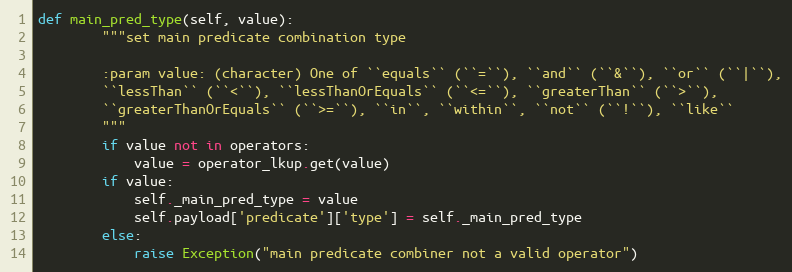
Language: Python
def main_pred_type(self, value):
        """set main predicate combination type

        :param value: (character) One of ``equals`` (``=``), ``and`` (``&``), ``or`` (``|``),
        ``lessThan`` (``<``), ``lessThanOrEquals`` (``<=``), ``greaterThan`` (``>``),
        ``greaterThanOrEquals`` (``>=``), ``in``, ``within``, ``not`` (``!``), ``like``
        """
        if value not in operators:
            value = operator_lkup.get(value)
        if value:
            self._main_pred_type = value
            self.payload['predicate']['type'] = self._main_pred_type
        else:
            raise Exception("main predicate combiner not a valid operator")